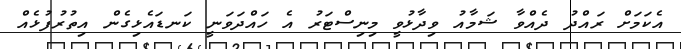
އެކަމަށް ރައްދު ދެއްވާ ޝަމާއު ވިދާޅުވީ މިނިސްޓަރު އެ ހައްދަވަނީ ކަނޑައެޅިގެން އިތުރުފުޅެއް